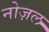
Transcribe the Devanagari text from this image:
नोज़ल